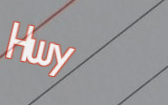
Hwy